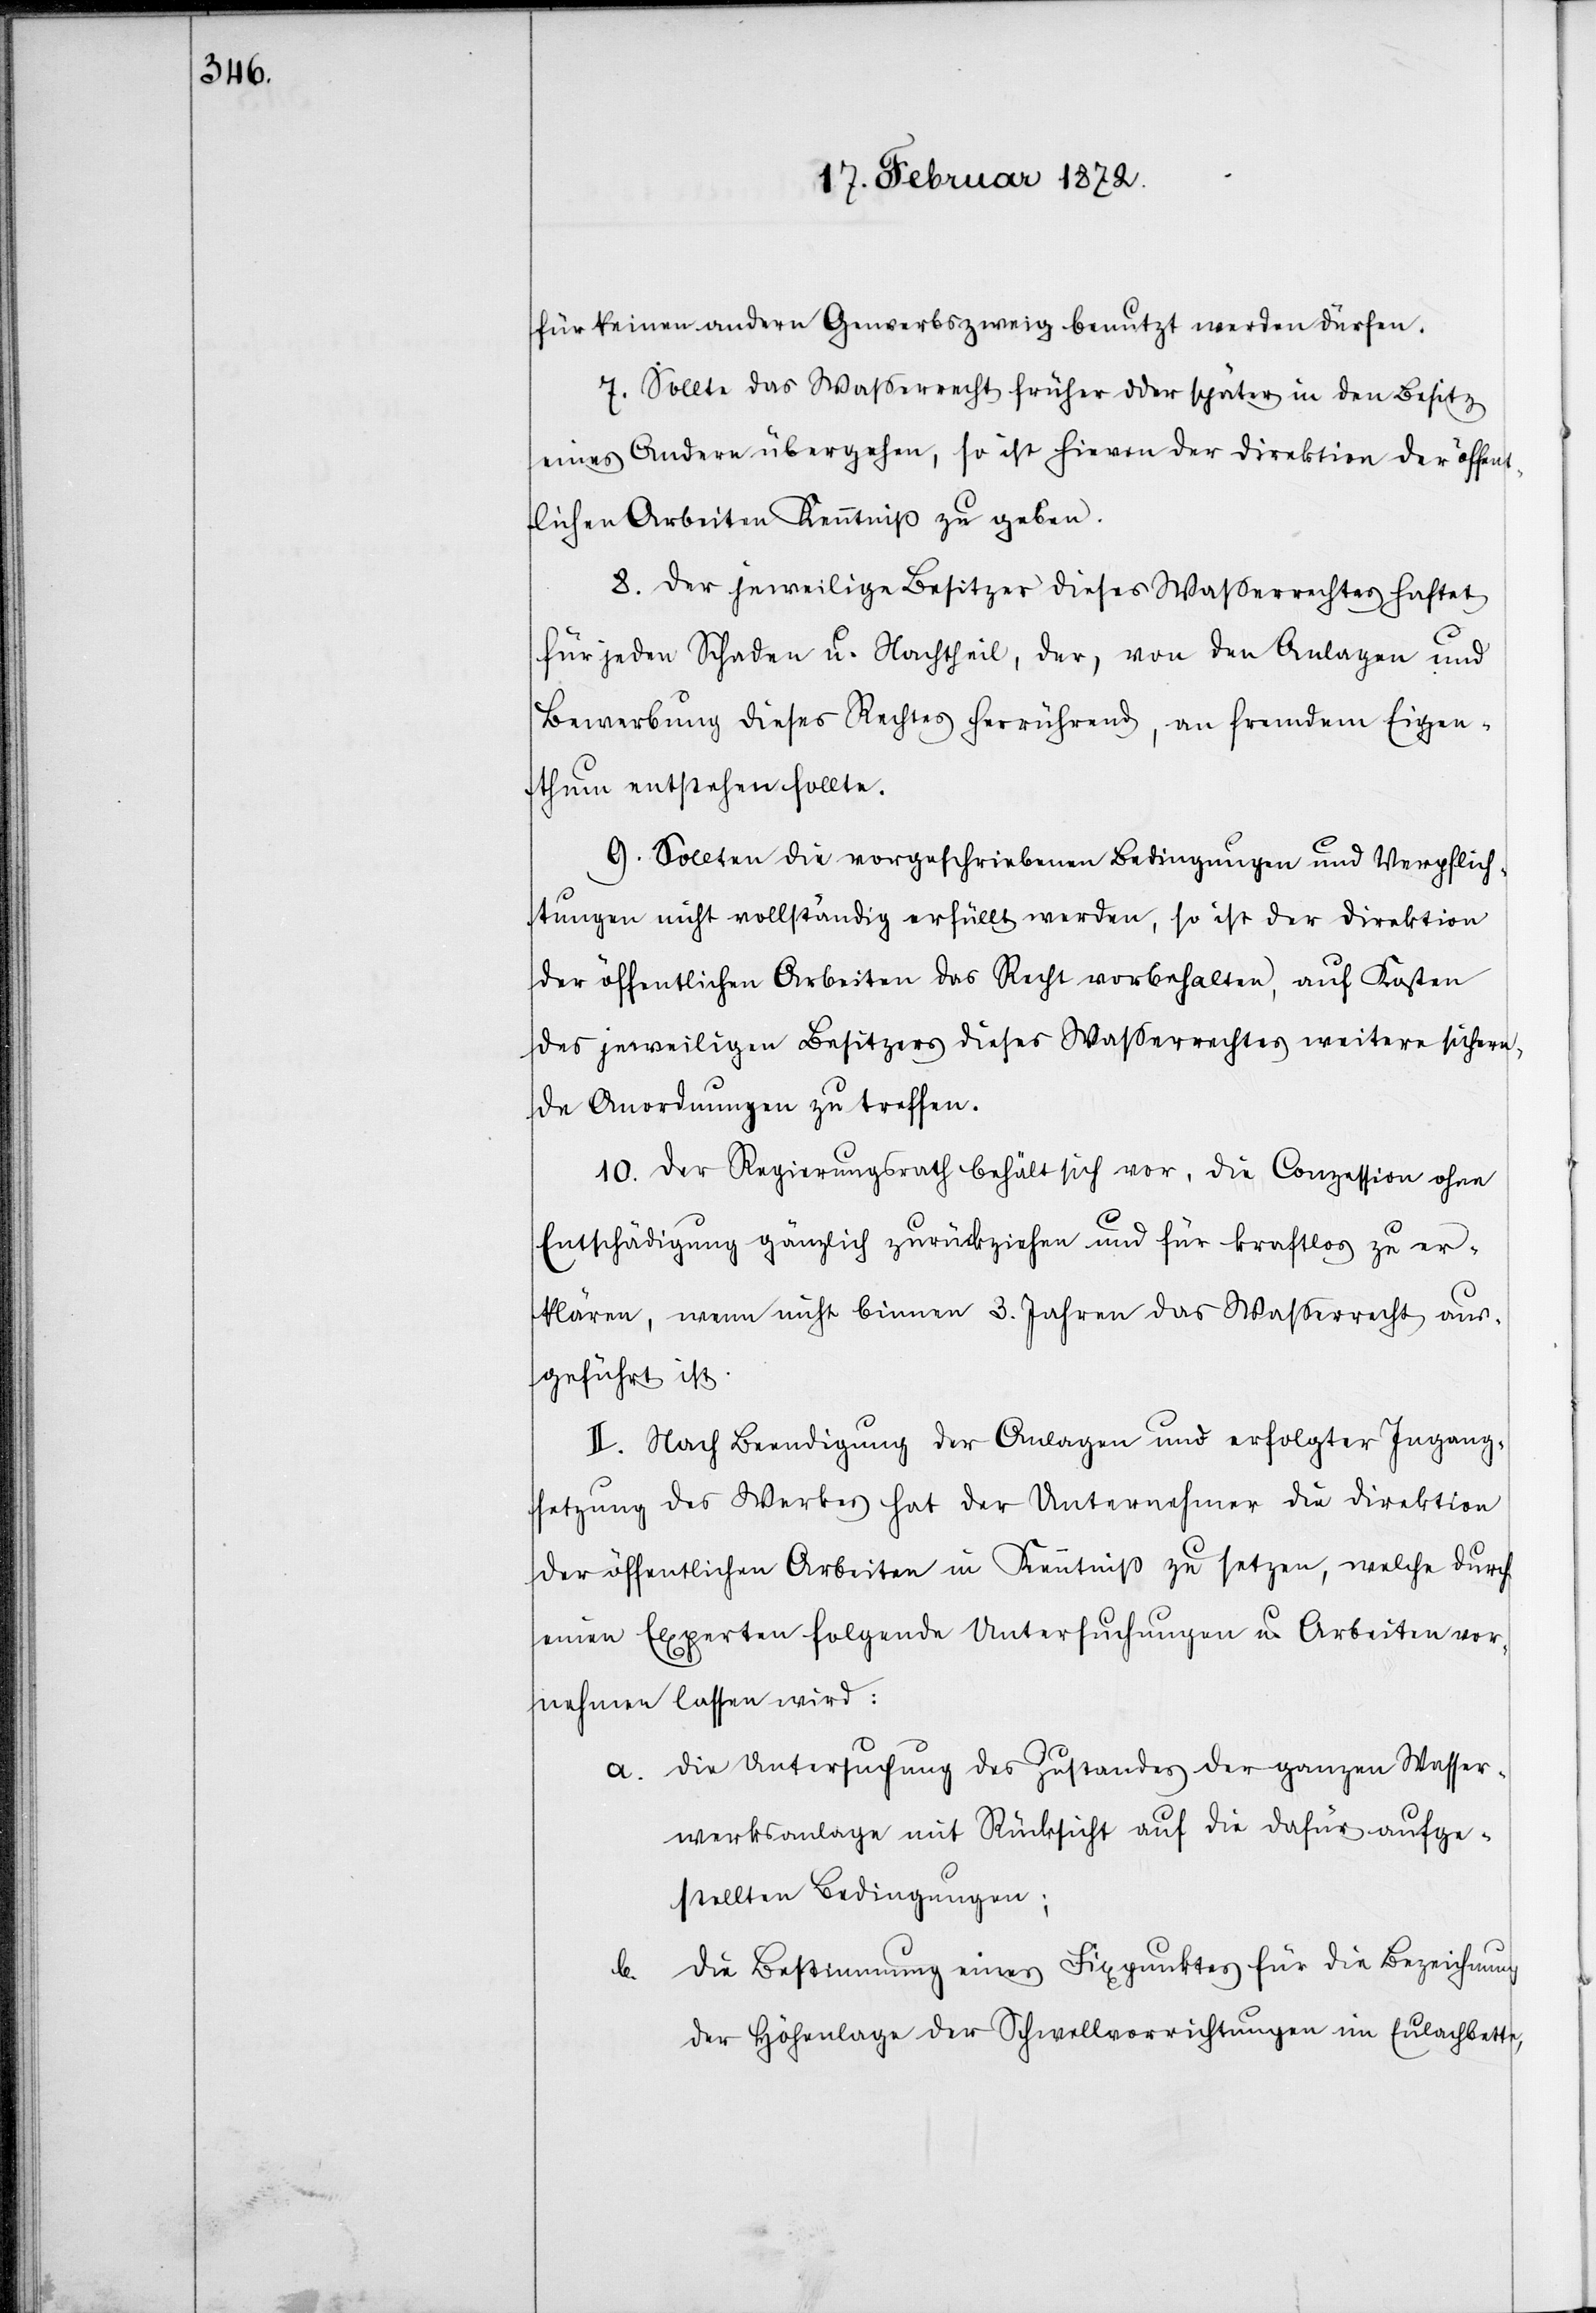
für keinen andern Gewerbszweig benutzt werden dürfen.
7. Sollte das Wasserrecht früher oder später in den Besitz
eines Andern übergehen, so ist hievon der Direktion der öffen¬
tlichen Arbeiten Kenntniß zu geben.
8. Der jeweilige Besitzer dieses Wasserrechtes haftet
für jeden Schaden u. Nachtheil, der, von den Anlagen und
Bewerbung dieses Rechtes herrührend, an fremdem Eigen¬
thum entstehen sollte.
9. Sollten die vorgeschriebenen Bedingungen und Verpflich¬
tungen nicht vollständig erfüllt werden, so ist der Direktion
der öffentlichen Arbeiten das Recht vorbehalten, auf Kosten
des jeweiligen Besitzers dieses Wasserrechtes weitere sichern¬
de Anordnungen zu treffen.
10. Der Regierungsrath behält sich vor, die Conzession ohne
Entschädigung gänzlich zurückzuziehen und für kraftlos zu er¬
klären, wenn nicht binnen 3. Jahren das Wasserrecht aus¬
geführt ist.
II. Nach Beendigung der Anlagen und erfolgter Ingang¬
setzung des Werkes hat der Unternehmer die Direktion
der öffentlichen Arbeiten in Kenntniß zu setzen, welche durch
einen Experten folgende Untersuchungen u. Arbeiten vor¬
nehmen lassen wird:
a. Die Untersuchung des Zustandes der ganzen Wasser¬
werksanlage mit Rücksicht auf die dafür aufge¬
stellten Bedingungen;
b. Die Bestimmung eines Fixpunktes für die Bezeichnung
der Höhenlage der Schwellvorrichtungen im Eulachbette,